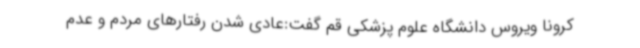
کرونا ویروس دانشگاه علوم پزشکی قم گفت:عادی شدن رفتارهای مردم و عدم